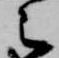
之